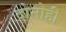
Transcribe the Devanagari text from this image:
दोनोही